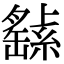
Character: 𦅸